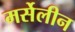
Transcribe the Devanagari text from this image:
मर्सेलीन